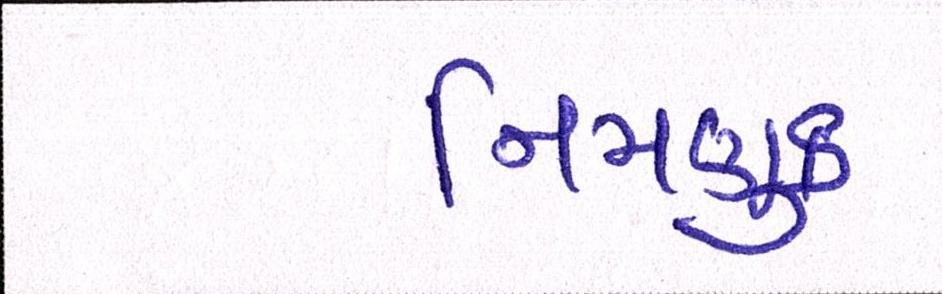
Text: નિમણુક